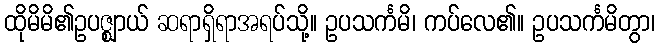
ထိုမိမိ၏ဥပဇ္ဈာယ် ဆရာရှိရာအရပ်သို့။ ဥပသင်္ကမိ၊ ကပ်လေ၏။ ဥပသင်္ကမိတွာ၊